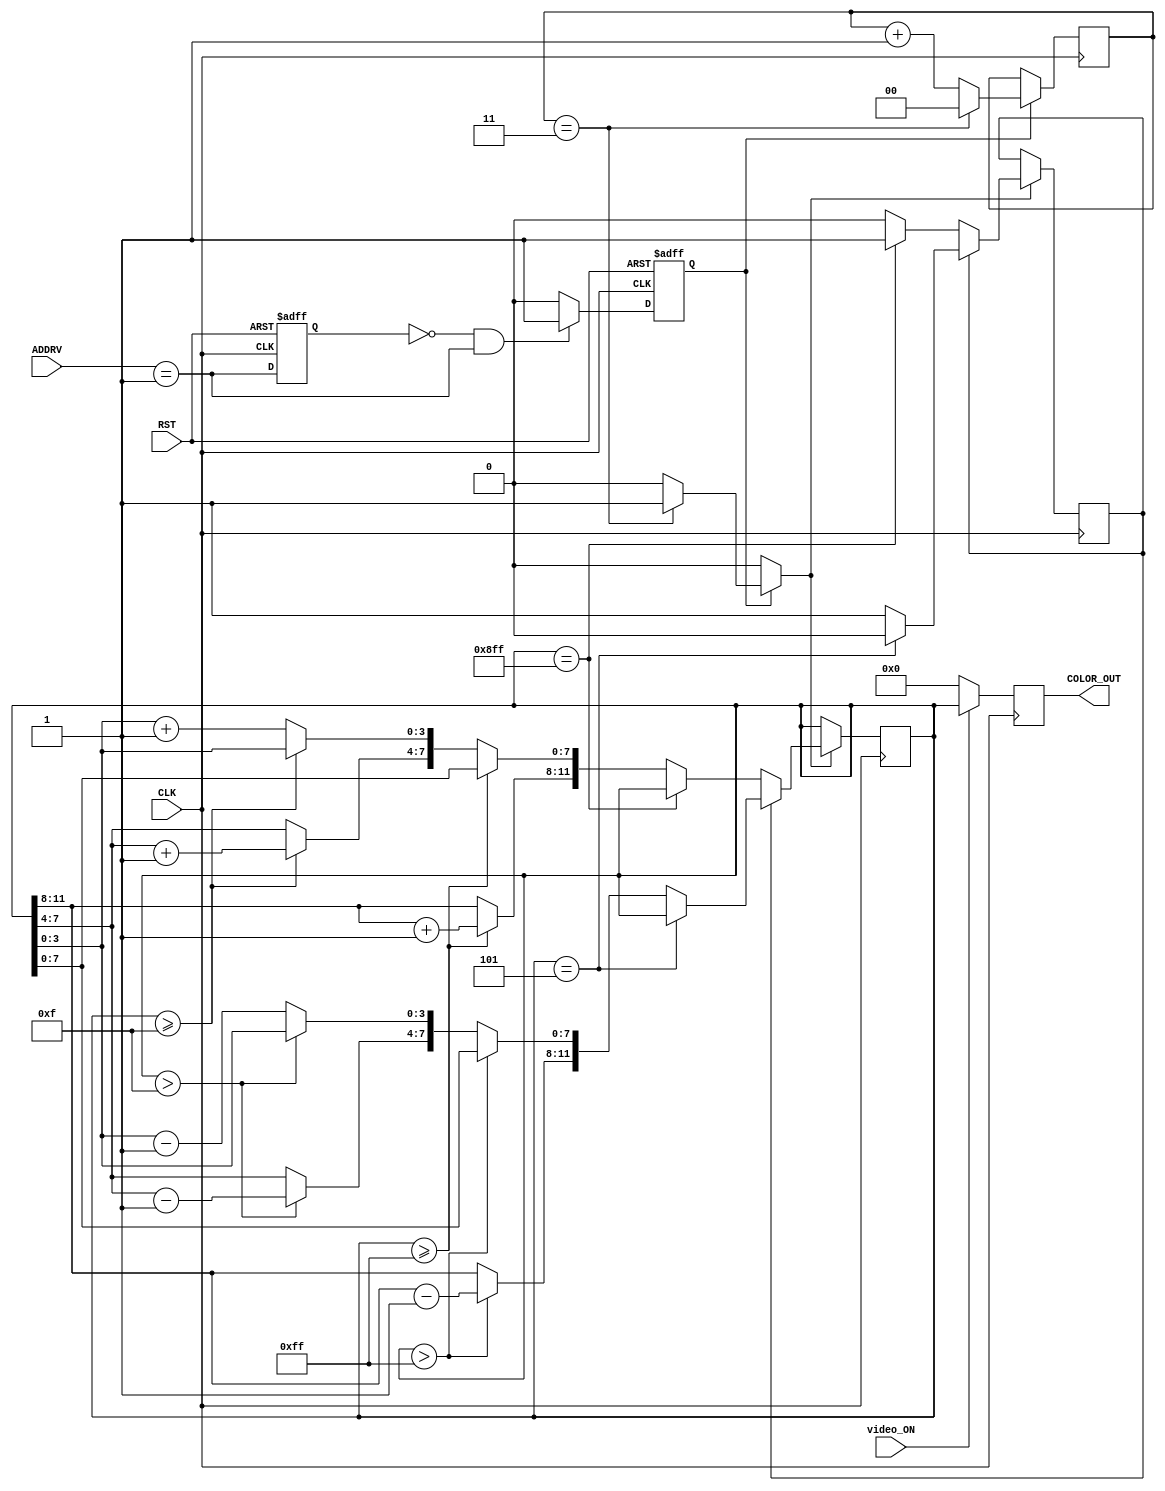
`timescale 1ns / 1ps

//////////////////////////////////////////////////////////////////////////////////
module Degradado(
	input video_ON,
   input CLK,RST,    		  			//Senal de reloj
   output reg [11:0]COLOR_OUT,    	//bits de color hacia la VGA
	input wire[9:0]ADDRV
	);	
		
	/////////////////////////// LLAMADO A MODULO DE SINCRONIA //////////////////////////////

	//////
	reg[11:0]FONDO  = 12'h00;
	reg[1:0]SUMA    = 2'h0; 
	
	reg ON;
	reg Bajada = 1'b0;
	
	wire OK;
	reg  OK_reg;
	reg  OK_ANTERIOR;

	localparam F_ONY = 1'b1;
	assign OK = {ADDRV == F_ONY};

	//////
	always@ (posedge CLK, posedge RST)              //Detector de flanco 
	begin
		if (RST)	begin
			OK_reg <= 1'b0;
			OK_ANTERIOR <= 1'b0;
		end

		else begin
			OK_ANTERIOR <= OK;
			if(~OK_ANTERIOR && OK) OK_reg <= 1'b1;
			else OK_reg <= 1'b0;
		end
	end
	//////
	
					
	always@(posedge CLK)		
	begin 						
			if(OK_reg)	
			begin 
					if (SUMA == 2'h3)begin ON = 1'b1; SUMA = 2'h0; end 
					else begin ON = 1'b0; SUMA = SUMA + 1'b1; end
			end	
			else begin SUMA = SUMA; ON = 1'b0; end 
					
			if(ON)
			begin 
				if(Bajada == 1'b0)
					begin 
					if(FONDO == 12'h8FF)begin FONDO = FONDO; Bajada = 1'b1; end 
					else 
						begin 					
						if (FONDO >= 12'h0FF)begin FONDO[11:8] = FONDO[11:8] + 1'h1; Bajada = Bajada; end 
						else 
							if (FONDO >= 12'h00F)begin FONDO[7:4] = FONDO[7:4] + 1'h1;  Bajada = Bajada; end 
							else begin FONDO[3:0] = FONDO[3:0] + 1'h1;  Bajada = Bajada; end   
						end 
					end
				else 
					begin 
					if(FONDO == 12'h005) begin FONDO = FONDO; Bajada = 1'b0; end
					else 
						begin 					
						if (FONDO > 12'h0FF)begin    FONDO[11:8] = FONDO[11:8] - 1'h1; Bajada = Bajada; end 
						else 
							if (FONDO > 12'h00F)begin FONDO[7:4] = FONDO[7:4] - 1'h1;  Bajada = Bajada; end 
							else begin FONDO[3:0] = FONDO[3:0] - 1'h1;  Bajada = Bajada; end   
						end 
					end
			end 
			else FONDO = FONDO;		
	end 


	always @(posedge CLK)
	begin 
		if(video_ON) COLOR_OUT = FONDO;
		else COLOR_OUT = 12'h000;
	end
	
endmodule